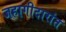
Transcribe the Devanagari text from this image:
जहागीदारांत